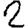
Digit: 2